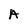
Character: A